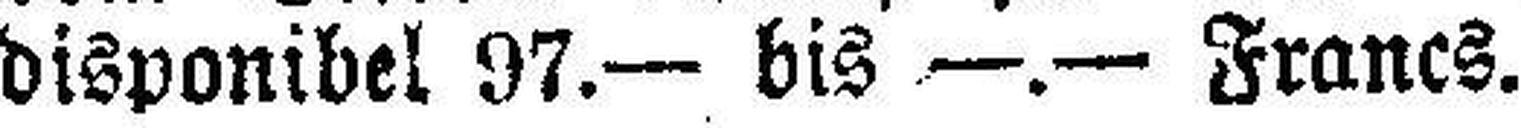
disponibel 97.— bis —.— Francs.